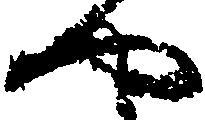
や